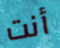
أنت